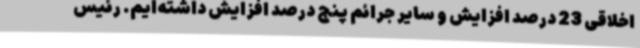
اخلاقی 23 درصد افزایش و سایر جرائم پنج درصد افزایش داشته‌ایم. رئیس